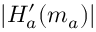
| H _ { a } ^ { \prime } ( m _ { a } ) |